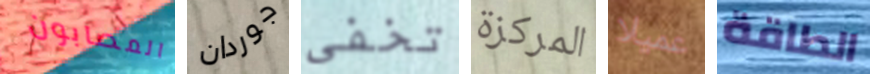
المصابون جوردان تخفى المركزة عميلا الطاقة